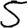
Digit: 5